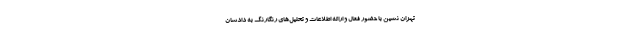
تهران نشین با حضور فعال و ارائه اطلاعات و تحلیل‌های رنگارنگ به دادشان